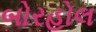
બોરહોલ